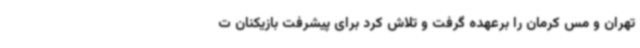
تهران و مس کرمان را برعهده گرفت و تلاش کرد برای پیشرفت بازیکنان ت